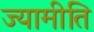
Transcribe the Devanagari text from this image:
ज्यामीति